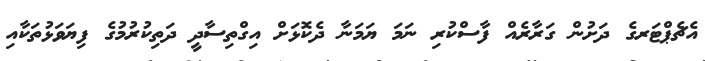
އެޗެޕްޓަރގެ ދަށުން ގަރާރެއް ފާސްކުރި ނަމަ ޔަމަނާ ދެކޮޅަށް އިގްތިސާދީ ދަތިކުރުމުގެ ފިޔަވަޅުތަކާއި